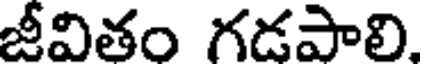
జీవితం గడపాలి.